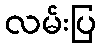
လမ်းပြ